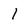
Character: l